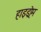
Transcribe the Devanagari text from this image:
हाइड्रोम